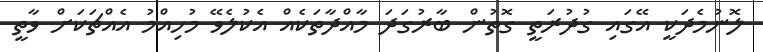
ލޮނުމެދަކީ އޭގައި ގުދުރަތީ ގޮތުން ބާރުގަދަ މާއްދާތަކެއް އެކުލެވޭ މުހިއްމު އެއްޗަކަށް ވާތީ